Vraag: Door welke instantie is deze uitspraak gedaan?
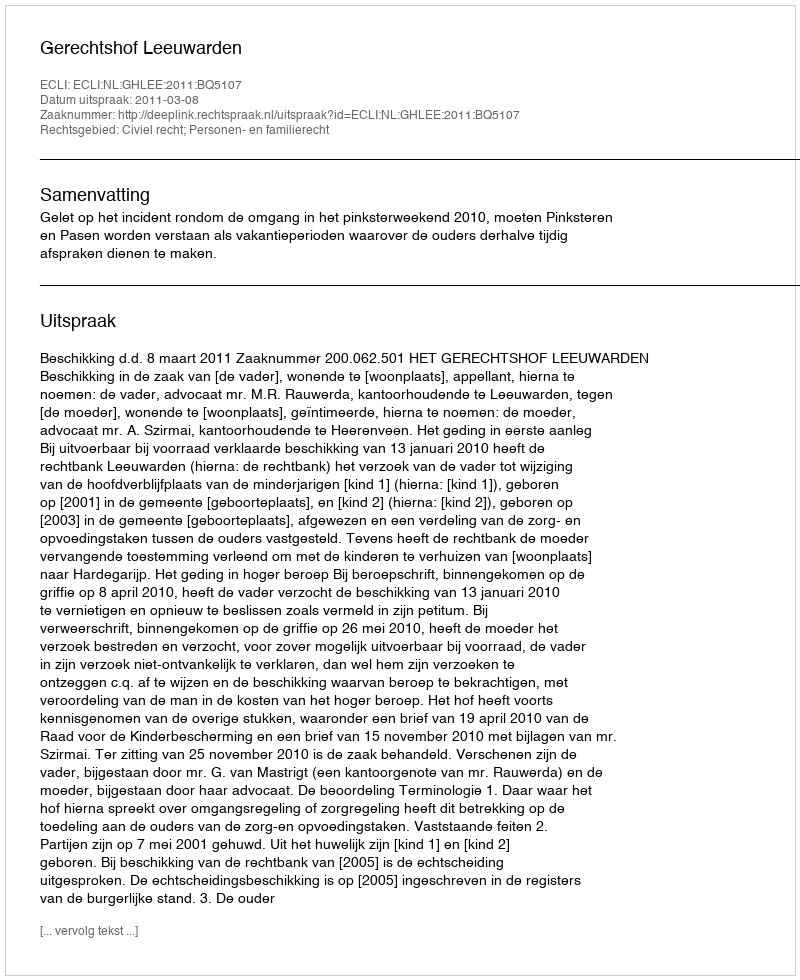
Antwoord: Gerechtshof Leeuwarden